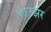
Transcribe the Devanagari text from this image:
हाउझर